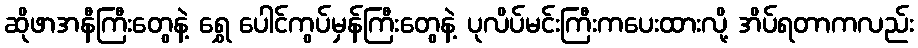
ဆိုဖာအနီကြီးတွေနဲ့ ရွှေ ပေါင်ကွပ်မှန်ကြီးတွေနဲ့ ပုလိပ်မင်းကြီးကပေးထားလို့ အိပ်ရတာကလည်း